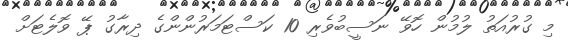
މި ގުރުއަތު ލުމުން ހޮވޭ ނަސީބުވެރި 10 ކަސްޓަމަރުންންގެ ދިރާގު ޕޭ ވޮލެޓަށް